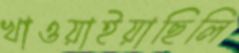
খাওয়াইয়াছিলি